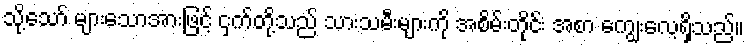
သို့သော် များသောအားဖြင့် ငှက်တို့သည် သားသမီးများကို အစိမ်းတိုင်း အစာ ကျွေးလေ့ရှိသည်။